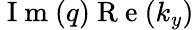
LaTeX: \mathrm{~I~m~}(q)\mathrm{~R~e~}(k_{y})